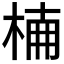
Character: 𣔎